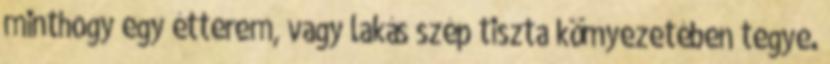
minthogy egy étterem, vagy lakás szép tiszta környezetében tegye.